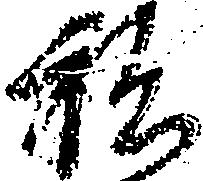
私